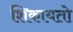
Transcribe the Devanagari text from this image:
शिकायतो